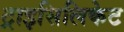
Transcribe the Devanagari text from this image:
ट्राइसिलिकेट